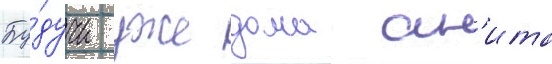
Бу́дучи уже дома ан'ита